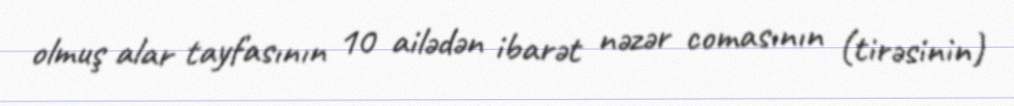
olmuş alar tayfasının 10 ailədən ibarət nəzər comasının (tirəsinin)